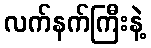
လက်နက်ကြီးနဲ့